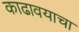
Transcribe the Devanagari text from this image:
काढावयाचा